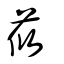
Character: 莜